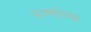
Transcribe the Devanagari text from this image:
रूग्णांच्या